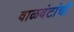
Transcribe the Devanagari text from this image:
वाळवंटांची